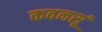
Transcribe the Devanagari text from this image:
कवनसूं